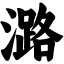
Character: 潞